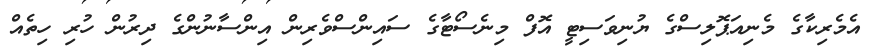
އެމެރިކާގެ މެނިއަޕޮލިސްގެ ޔުނިވަސިޓީ އޮފް މިނެސޯޓާގެ ސައިންސްވެރިން އިންސާނުންގެ ދިރުން ހުރި ހިތެއް